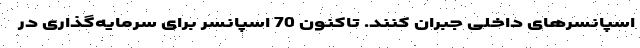
اسپانسرهای داخلی جبران کنند. تاکنون 70 اسپانسر برای سرمایه‌گذاری در